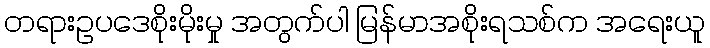
တရားဥပဒေစိုးမိုးမှု အတွက်ပါ မြန်မာအစိုးရသစ်က အရေးယူ